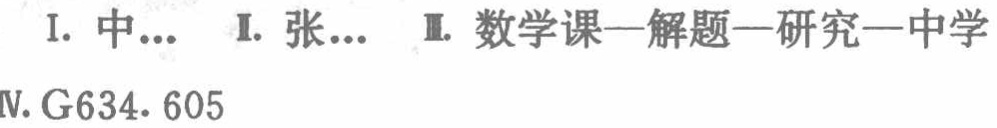
I. 中...  I. 张...  II. 数学课—解题—研究—中学

IV. G634. 605